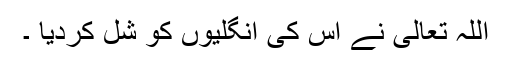
اللہ تعالیٰ نے اس کی انگلیوں کو شل کردیا ۔